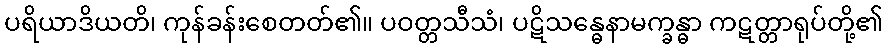
ပရိယာဒိယတိ၊ ကုန်ခန်းစေတတ်၏။ ပဝတ္တသီသံ၊ ပဋိသန္ဓေနာမက္ခန္ဓာ ကဋတ္တာရုပ်တို့၏